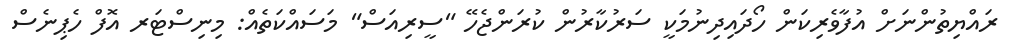
ރައްޔިތުންނަށް އުފާވެރިކަން ހޯދައިދިނުމަކީ ސަރުކާރުން ކުރަންޖެހޭ "ސީރިއަސް" މަސައްކަތެއް: މިނިސްޓަރ އޮފް ހެޕިނެސް